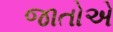
જાતોએ